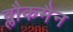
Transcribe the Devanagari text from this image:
ब्लौकमैन